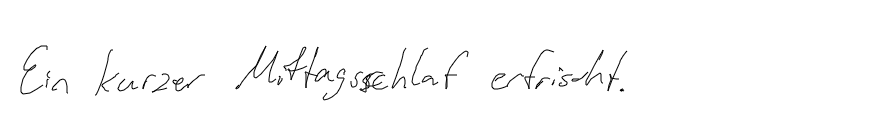
Ein kurzer Mittagsschlaf erfrischt.